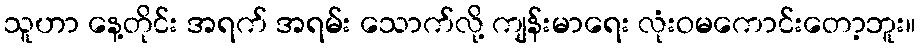
သူဟာ နေ့တိုင်း အရက် အရမ်း သောက်လို့ ကျန်းမာရေး လုံးဝမကောင်းတော့ဘူး။